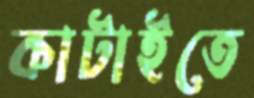
কাটাইতে